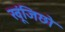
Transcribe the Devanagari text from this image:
खूंजिछो